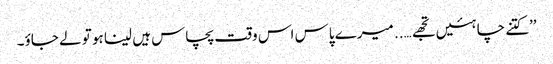
’’کتنے چاہئیں تجھے….. میرے پاس اس وقت پچاس ہیں لینا ہو تو لے جاؤ۔